Heimtali_vallavalitsus, lk 8
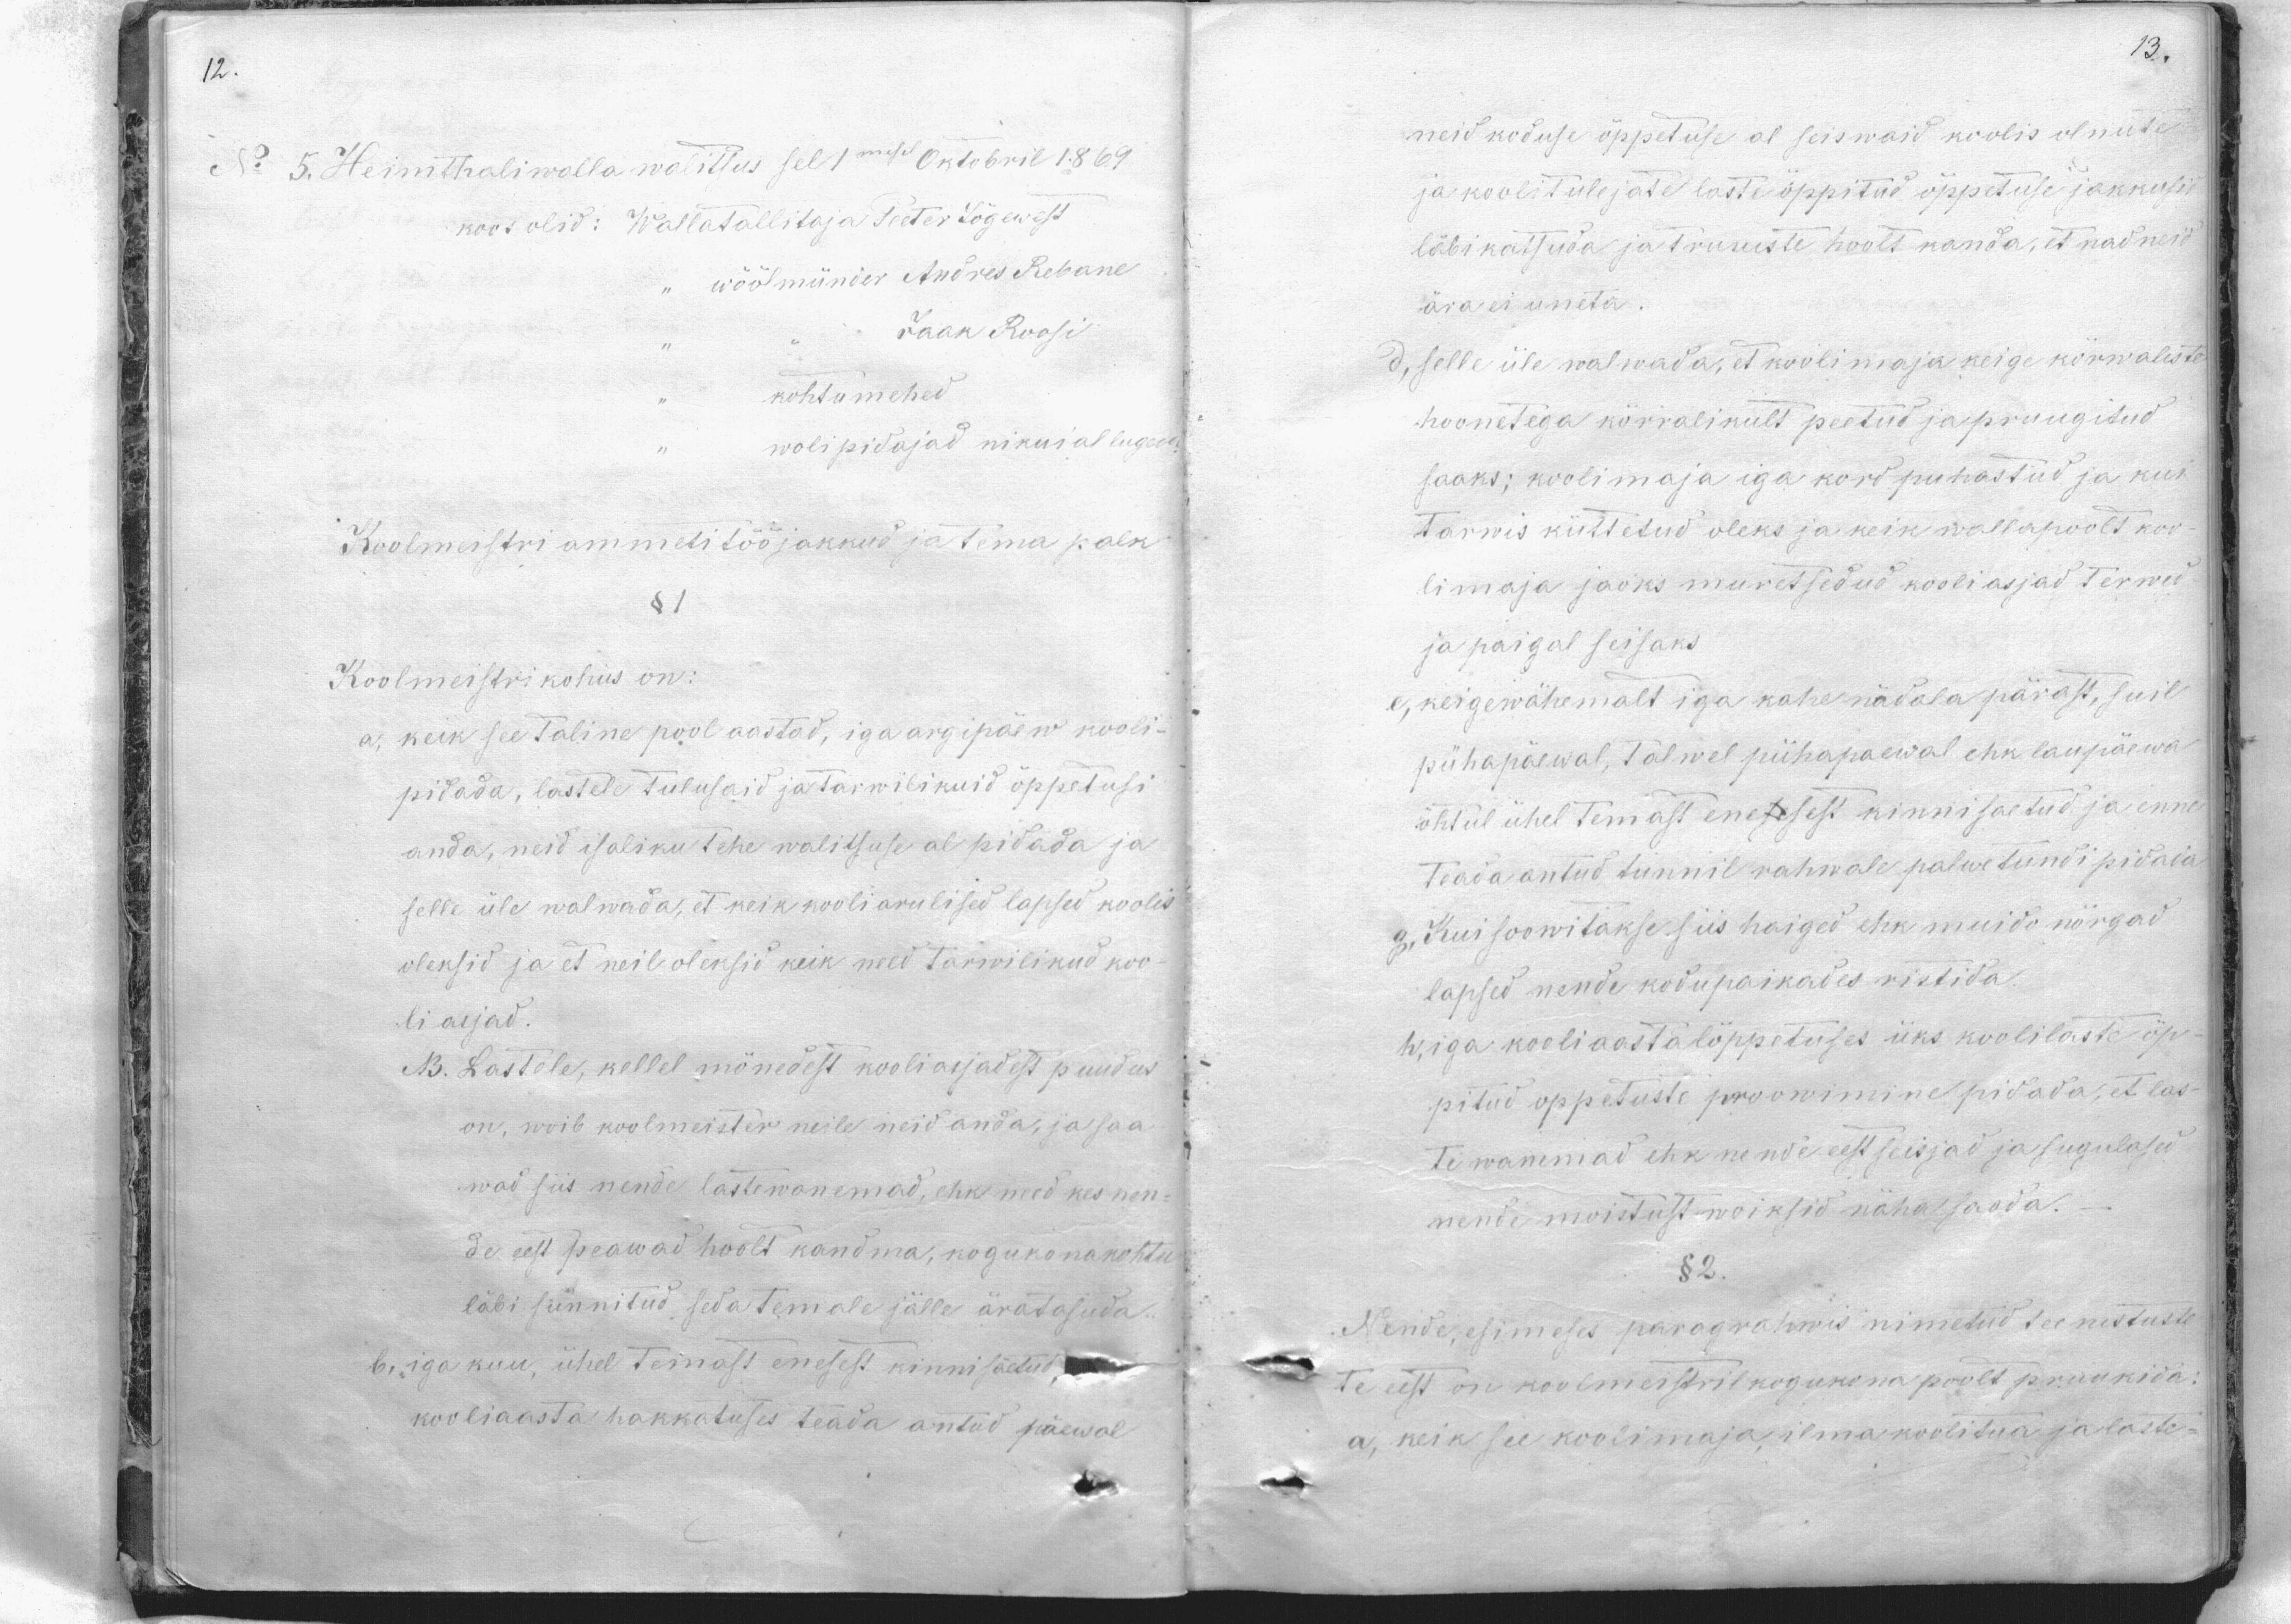
No 5. Heimthaliwalla walitsus sel 1 mesel Oktobril 1869
koos olid: Wallatallitaja Peeter Jõgewest
wöölmünder Andres Rebane
Jaan Roosi
kohtumehed
wolipidajad ni kui al luged
Koolmeistri ammeti tööjakkud ja tema palk
Koolmeistri kohus on:
a, keik see Taline pool aastad, iga argipäew kooli-
pidada, lastele tulusaid ja tarwilikuid õppetusi
anda, neid isaliku tehe walitsuse al pidada ja
selle üle walwada, et keik kooliarulised lapsed koolis
oleksid ja et neil oleksid keik need tarwilikud koo-
li asjad.
B. Lastele, kellel mõnedest kooli asjadest puudus
on, woib koolmeister neile neid anda, ja saa
wad siis nende lastewanemad, ehk need kes nen-
de eest peawad hoolt kandma, kogukonakohtu
läbi sünnitud seda temale jälle äratasuda
b. iga kuu, ühel temast enesest kinnisäetud,
kooliaasta hakkatuses teada antud päewal

neid koduse õppetuse al seiswaid koolis olnute
ja koolitulejate laste õppitud õppeduse jakkusil
läbikatsuda ja truueste hoolt kanda, et nad neid
ära ei uneta
d, selle üle walwada, et koolimaja keige kõrwaleste
hoonetega körralikult peetud ja pruugitud
saaks; koolimaja iga kord puhastud ja kui
tarwis küttetud oleks ja keik wallapoolt koo-
limaja jaoks muretsedud kooli asjad terwed
ja paigal seisaks.
e, keigewähemalt iga kahe nädala pärast, suil
pühapäewal, Talwel pühapaewal ehk laupäewa
õhtul ühel temast enesesest kinnisaetud ja enne
Teada antud tunnil rahwale palwetundi pidaia
g. Kui soowitakse siis haiged ehk muidu nõrgad
lapsed nende kodupaikades ristida.
h, iga kooliaastalõppetuses üks koolilaste õp-
pitud oppetuste proonimine pidada, et las-
te wanemad ehk nende eest seisjad ja sugulased
nende moistust woiksid näha saada.
§ 2.
Nende, esimeses paragrahwis nimetud teenestuste
te eest on koolmeistril kogukona poolt pruukida
a, keik see koolimaja, ilma koolitua ja laste-